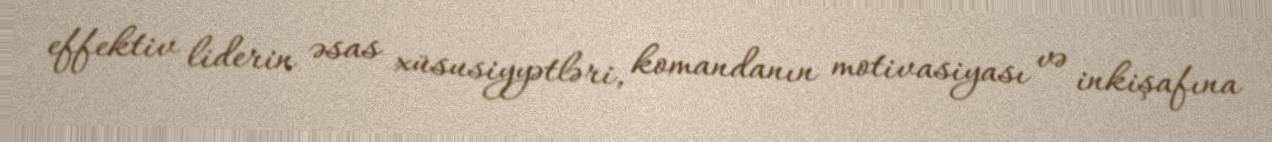
effektiv liderin əsas xüsusiyyətləri, komandanın motivasiyası və inkişafına